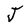
Character: J